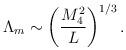
LaTeX: \begin{align*}\Lambda_m \sim \left(\frac{M_4^2}{L}\right)^{1/3}.\end{align*}